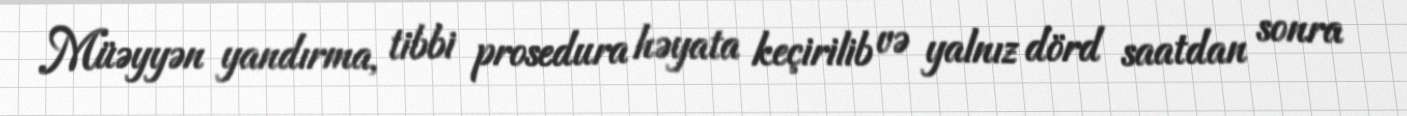
Müəyyən yandırma, tibbi prosedura həyata keçirilib və yalnız dörd saatdan sonra